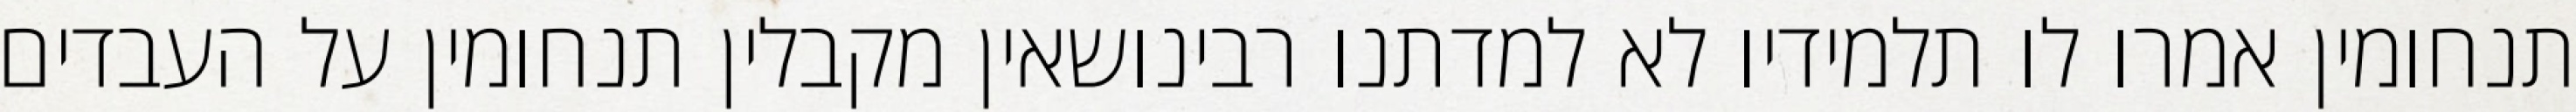
תנחומין אמרו לו תלמידיו לא למדתנו רבינושאין מקבלין תנחומין על העבדים